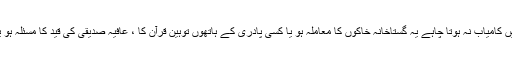
کوئی واقعہ یا کوئی سانحہ ان کی توجہ اپنے مشن سے ہٹانے میں کامیاب نہ ہوتا چاہے یہ گستاخانہ خاکوں کا معاملہ ہو یا کسی پادری کے ہاتھوں توہین قرآن کا ، عافیہ صدیقی کی قید کا مسئلہ ہو یا ریمنڈ ڈیوس کی فائرنگ سے پاکستانی شہریوں کی ہلاکت کا۔